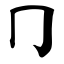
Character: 冂